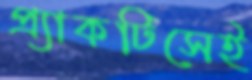
প্র্যাকটিসেই